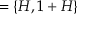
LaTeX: = \{ H , 1 + H \}